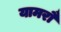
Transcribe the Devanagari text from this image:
यामरौ